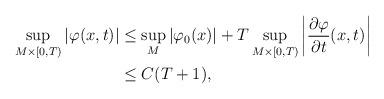
LaTeX: \begin{align*}\sup_{M\times[0,T)}|\varphi(x,t)| & \leq \sup_{M}|\varphi_{0}(x)|+T\sup_{M\times[0,T)}\left|\frac{\partial\varphi}{\partial t}(x,t)\right|\\& \leq C(T+1),\end{align*}